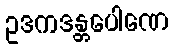
ဥဒကဒန္တပေါဏေ